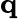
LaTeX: \textbf{q}